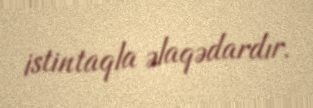
istintaqla əlaqədardır.